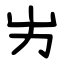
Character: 屴